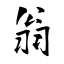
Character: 翁